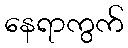
နေရာကွက်